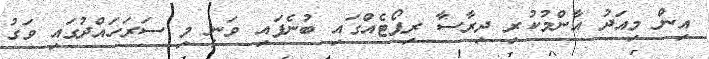
އިން މިއަދު އާންމުކުރި ދިރާސާ ރިޕޯޓެއްގައި ބުނެފައި ވަނީ މި ސަރަހައްދުގައި ވަގު